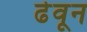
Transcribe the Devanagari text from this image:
ढेवून